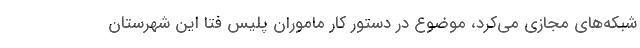
شبکه‌های مجازی می‌کرد، موضوع در دستور کار ماموران پلیس فتا این شهرستان